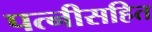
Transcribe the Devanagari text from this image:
पत्नीसहित